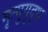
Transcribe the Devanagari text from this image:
मृत्युयुद्ध